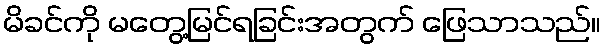
မိခင်ကို မတွေ့မြင်ရခြင်းအတွက် ဖြေသာသည်။